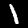
Label: 1